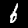
Label: 6